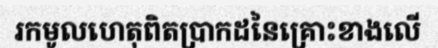
រកមូលហេតុពិតប្រាកដនៃគ្រោះខាងលើ